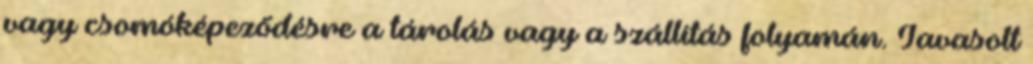
vagy csomóképeződésre a tárolás vagy a szállítás folyamán. Javasolt